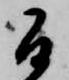
間